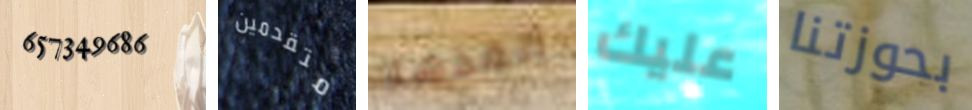
657349686 متقدمين أنقذها عليك بحوزتنا